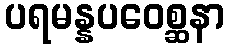
ပရမန္နပဝေစ္ဆနာ